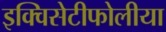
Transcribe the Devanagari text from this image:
इक्विसेटीफोलीया